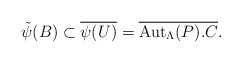
\begin{align*} \tilde{\psi}(B) \subset \overline{\psi(U)} = \overline{\mathrm{Aut}_\Lambda(P). C}.\end{align*}